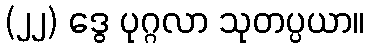
(၂၂) ဒွေ ပုဂ္ဂလာ သုတပ္ပယာ။